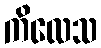
ကိလေသ